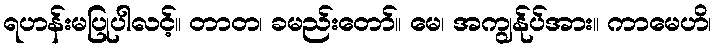
ရဟန်းမပြုပါလင့်။ တာတ၊ ခမည်းတော်။ မေ၊ အကျွန်ုပ်အား။ ကာမေဟိ၊